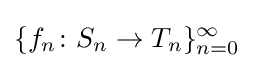
\{f_{n}\colon S_{n}\rightarrow T_{n}\}_{n=0}^{\infty }